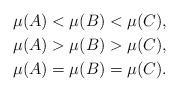
LaTeX: \begin{align*} & \mu(A) < \mu(B) < \mu(C),\\ & \mu(A) > \mu(B) > \mu(C),\\ & \mu(A) = \mu(B) = \mu(C). \end{align*}